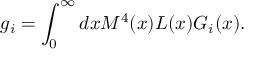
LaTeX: g _ { i } = \int _ { 0 } ^ { \infty } d x M ^ { 4 } ( x ) { \cal L } ( x ) { \cal G } _ { i } ( x ) .